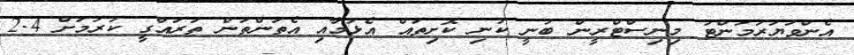
އެންވަޔަރަމަންޓު މިނިސްޓްރީން ބުނީ ކުނި ކޮށިތައް އެޅުމާއި އެތަންތަން ތަރައްގީ ކުރުމަށް 2.4